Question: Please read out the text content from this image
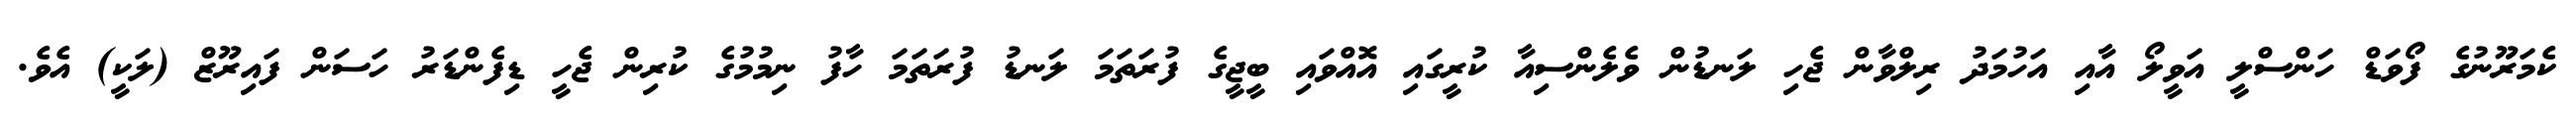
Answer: ކެމަރޫނުގެ ފޯވަޑް ހަންސްލީ އަވީލޯ އާއި އަހުމަދު ރިލްވާން ޖެހި ލަނޑުން ވެލެންސިއާ ކުރީގައި އޮއްވައި ބީޖީގެ ފުރަތަމަ ލަނޑު ފުރަތަމަ ހާފު ނިމުމުގެ ކުރިން ޖެހީ ޑިފެންޑަރު ހަސަން ފައިރޫޒް (ލަކީ) އެވެ.